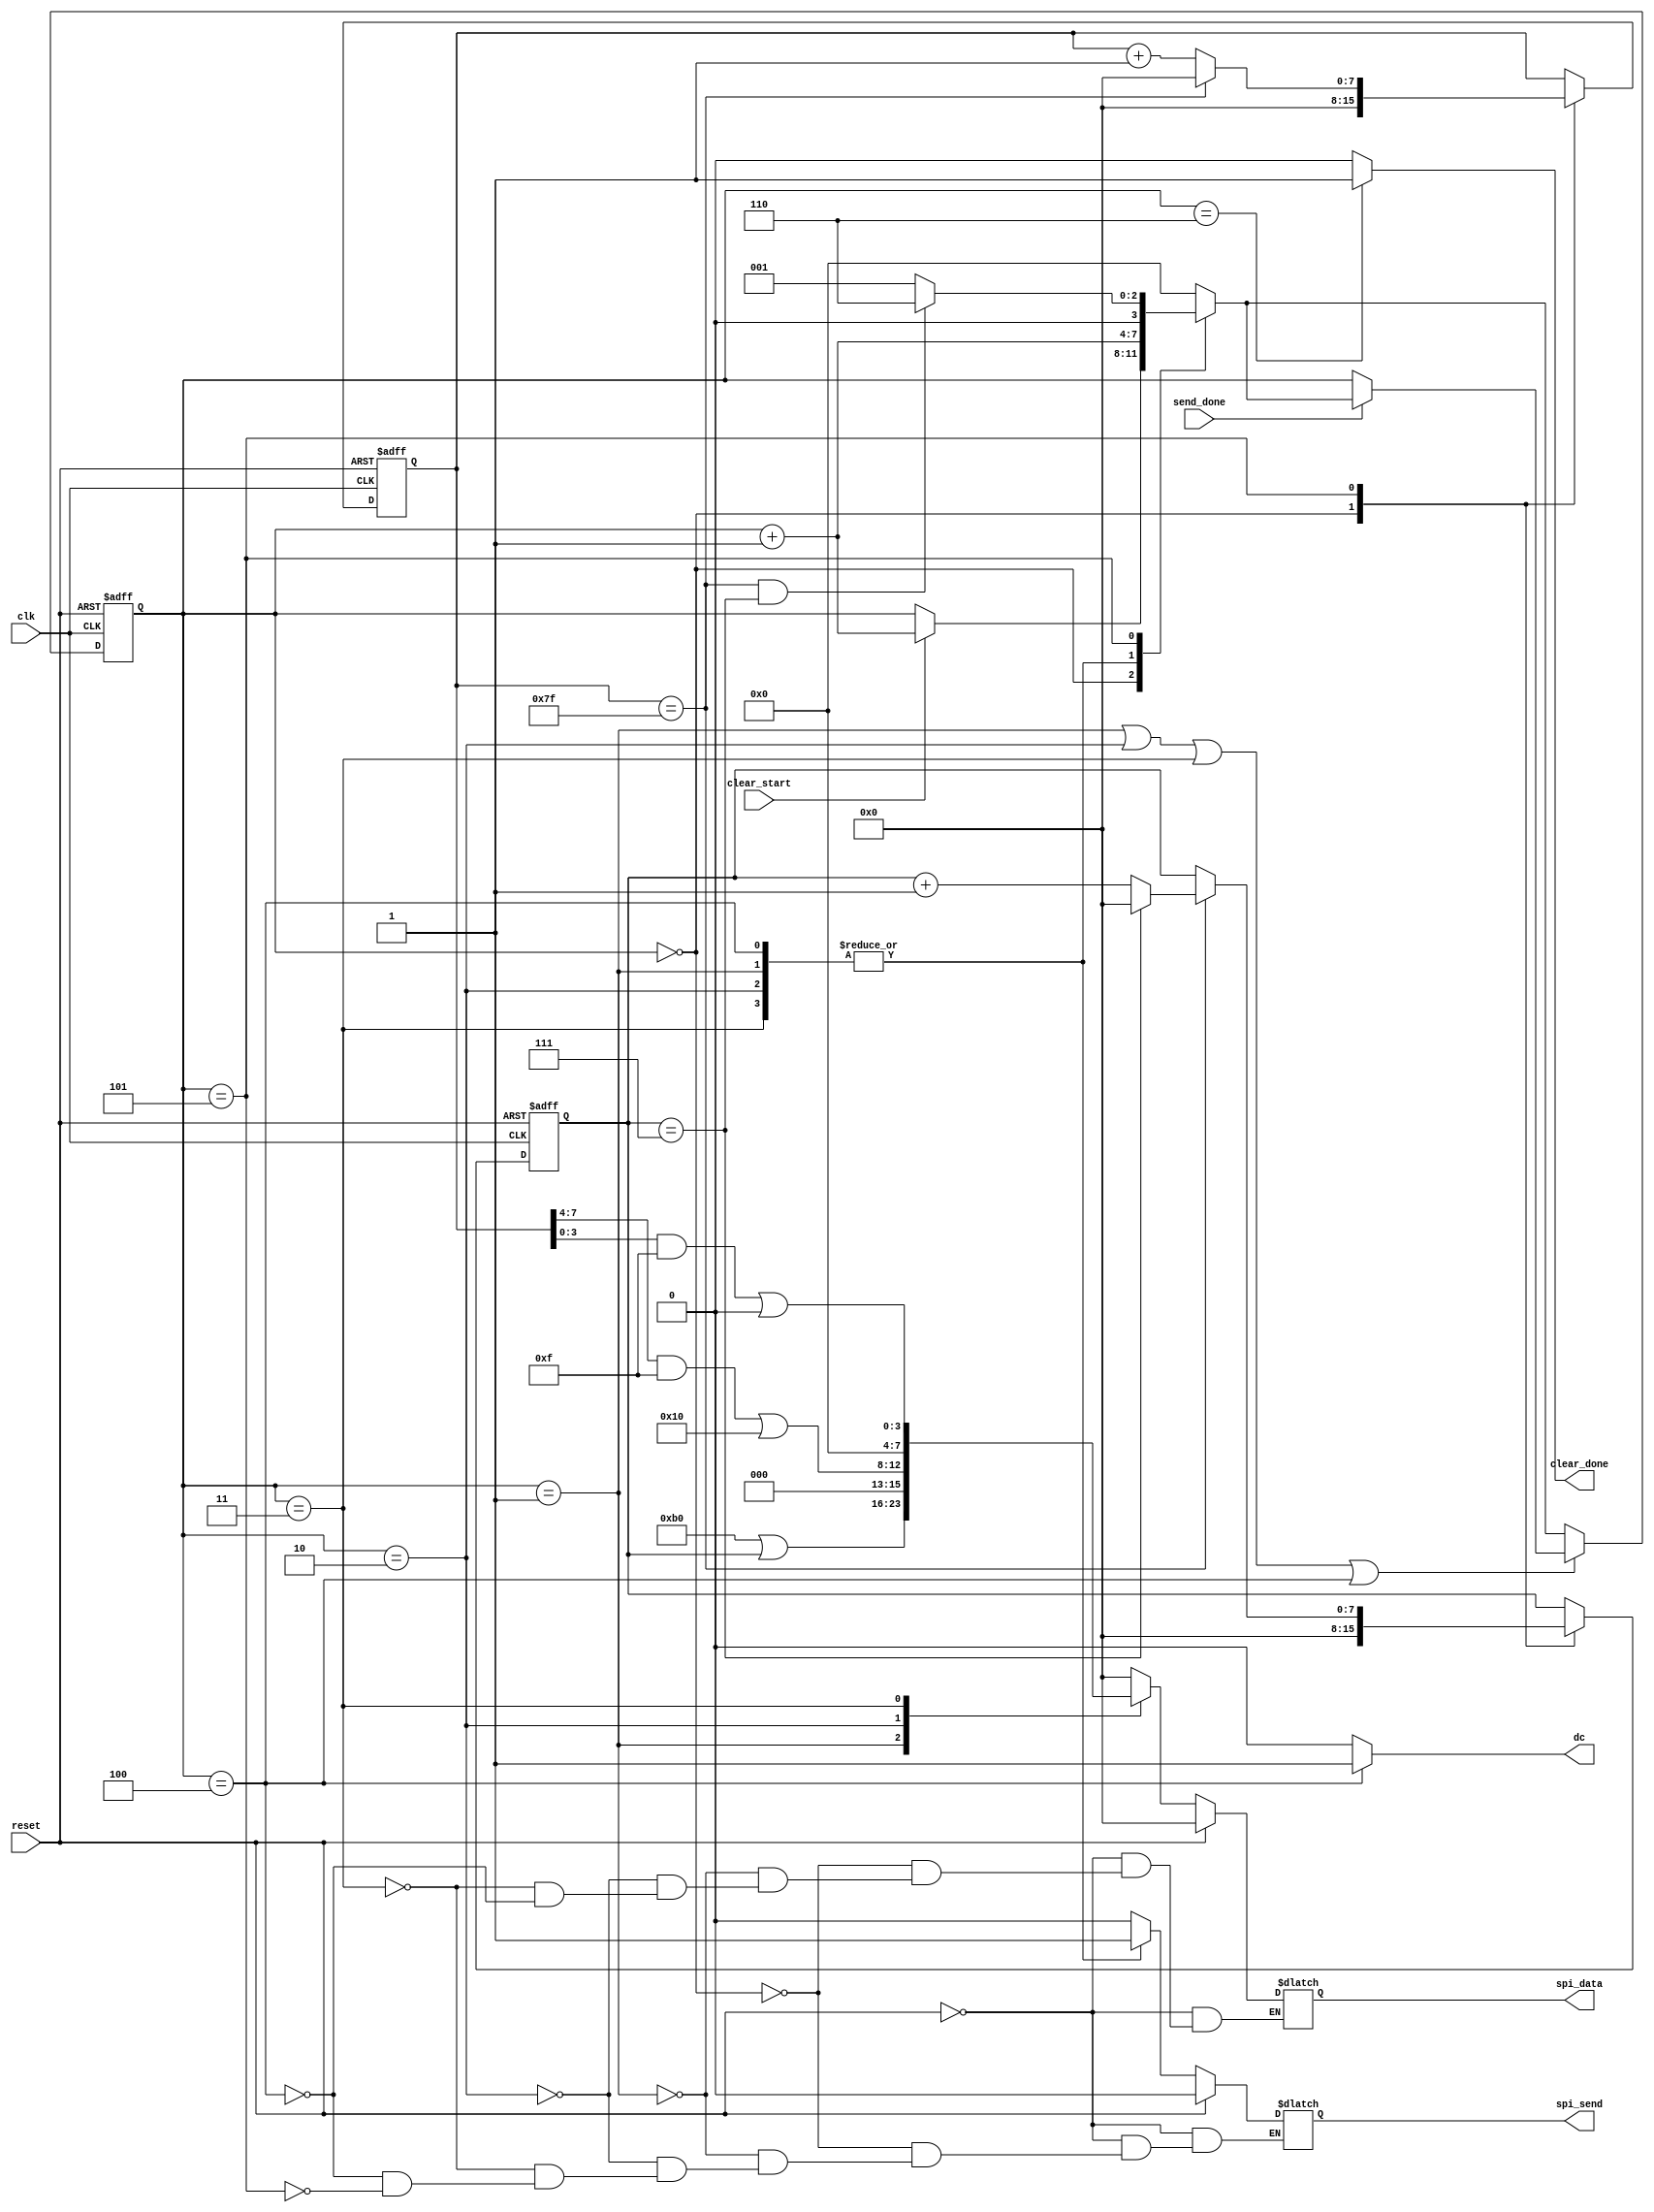
module oled_clear(
    input clk,
    input reset,
    input send_done,
    input clear_start, // 模块开启信号
    output reg spi_send,
    output reg[7:0] spi_data,
    output clear_done,
    output dc
);

    assign dc=(cur_st==4)?1:0; // 只有状态4是数据
    assign clear_done=(cur_st==6)?1:0;
    //assign spi_send=(cur_st==1 | 2 | 3 | 4)?1:0; //之后有模块解释这条语句
    
    // 状态变量
    reg [3:0]cur_st=0,nxt_st=0;
    // 状态切换
    always@(posedge clk or posedge reset)
        if(reset)
            cur_st<=0;
        else if(cur_st==1 | cur_st==2 | cur_st==3 | cur_st==4) begin  
            if(send_done)  
                cur_st<=nxt_st;
        end
        else 
            cur_st<=nxt_st;
    // 状态转换
    always@(*) begin
        nxt_st=cur_st;
        case(cur_st)
            0:begin if(clear_start)  nxt_st=cur_st+1; end
            1:begin nxt_st=cur_st+1; end
            2:begin nxt_st=cur_st+1; end
            3:begin nxt_st=cur_st+1; end
            4:begin nxt_st=cur_st+1; end  
            5:if(x_tmp==127 && y_tmp==7) begin nxt_st=6;         end
              else begin nxt_st=1;   end  
            6:begin nxt_st=0;        end
            default:begin nxt_st=0;  end
        endcase
    end
    
    // 命令
    wire [7:0] Set_pos_0= 8'hb0 | y_tmp, // 设置页坐标
               Set_pos_1= (x_tmp[7:4] & 4'hf) | 8'h10, // 设置列坐标高四位
               Set_pos_2= (x_tmp[3:0] & 4'hf) | 8'h00; // 设置列坐标低四位

    always@(*) begin
        if(reset) begin
            spi_data=0;
            spi_send=0;
        end
        else begin 
            case(cur_st)
                0:begin spi_data = 0;         spi_send=0;    end 
                1:begin spi_data = Set_pos_0; spi_send=1;    end // 设置页坐标
                2:begin spi_data = Set_pos_1; spi_send=1;    end // 设置列坐标高四位
                3:begin spi_data = Set_pos_2; spi_send=1;    end // 设置列坐标低四位
                4:begin spi_data = 0;         spi_send=1;    end // 写入0，就是清零，所以dc是1
                5:spi_send=0;
            endcase
        end
    end

    reg [7:0]x_tmp=0,y_tmp=0; // y是页坐标，x是列坐标
    reg [47:0]write_data_tmp=0; // 有什么用呢。。
    reg [3:0]count=0;

    always@(posedge clk or posedge reset)
        if(reset) begin
            x_tmp<=0;
            y_tmp<=0;
            count<=0;            
            write_data_tmp<=0;
        end
        else case(cur_st)
            0:begin
                x_tmp<=0;
                y_tmp<=0;
                count<=0;
            end
            5:begin // 每次状态循环记一次数
                //if(x_tmp>122) y_tmp<=y_tmp+1;
                if(x_tmp==127) begin // 之前是if(x_tmp==130) begin
                    if(y_tmp==7) begin
                        y_tmp <= 0;
                    end
                    else begin
                        y_tmp<=y_tmp+1;
                    end
                    x_tmp<=0;
                end
                else
                    x_tmp<=x_tmp+1;
            end
        endcase

endmodule